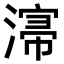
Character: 𣼡